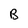
Character: B